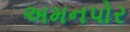
અમનપોર